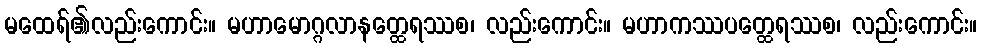
မထေရ်၏လည်းကောင်း။ မဟာမောဂ္ဂလာနတ္ထေရဿစ၊ လည်းကောင်း။ မဟာကဿပတ္ထေရဿစ၊ လည်းကောင်း။